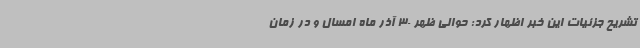
تشریح جزئیات این خبر اظهار کرد: حوالی ظهر 30 آذر ماه امسال و در زمان